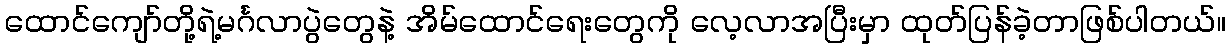
ထောင်ကျော်တို့ရဲ့မင်္ဂလာပွဲတွေနဲ့ အိမ်ထောင်ရေးတွေကို လေ့လာအပြီးမှာ ထုတ်ပြန်ခဲ့တာဖြစ်ပါတယ်။